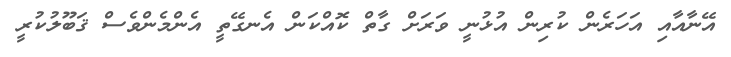
އޭނާއާއި އަހަރެން ކުރިން އުޅުނީ ވަރަށް ގާތް ކޮއްކަން އެނގޭތީ އެންމެންވެސް ޤަބޫލުކުރީ